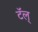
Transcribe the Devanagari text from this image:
टॅल्